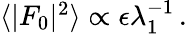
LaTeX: \begin{array}{r}{\langle\vert F_{0}\vert^{2}\rangle\propto\epsilon\lambda_{1}^{-1}\, .}\end{array}